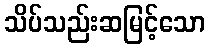
သိပ်သည်းဆမြင့်သော